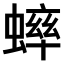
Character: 𫋔